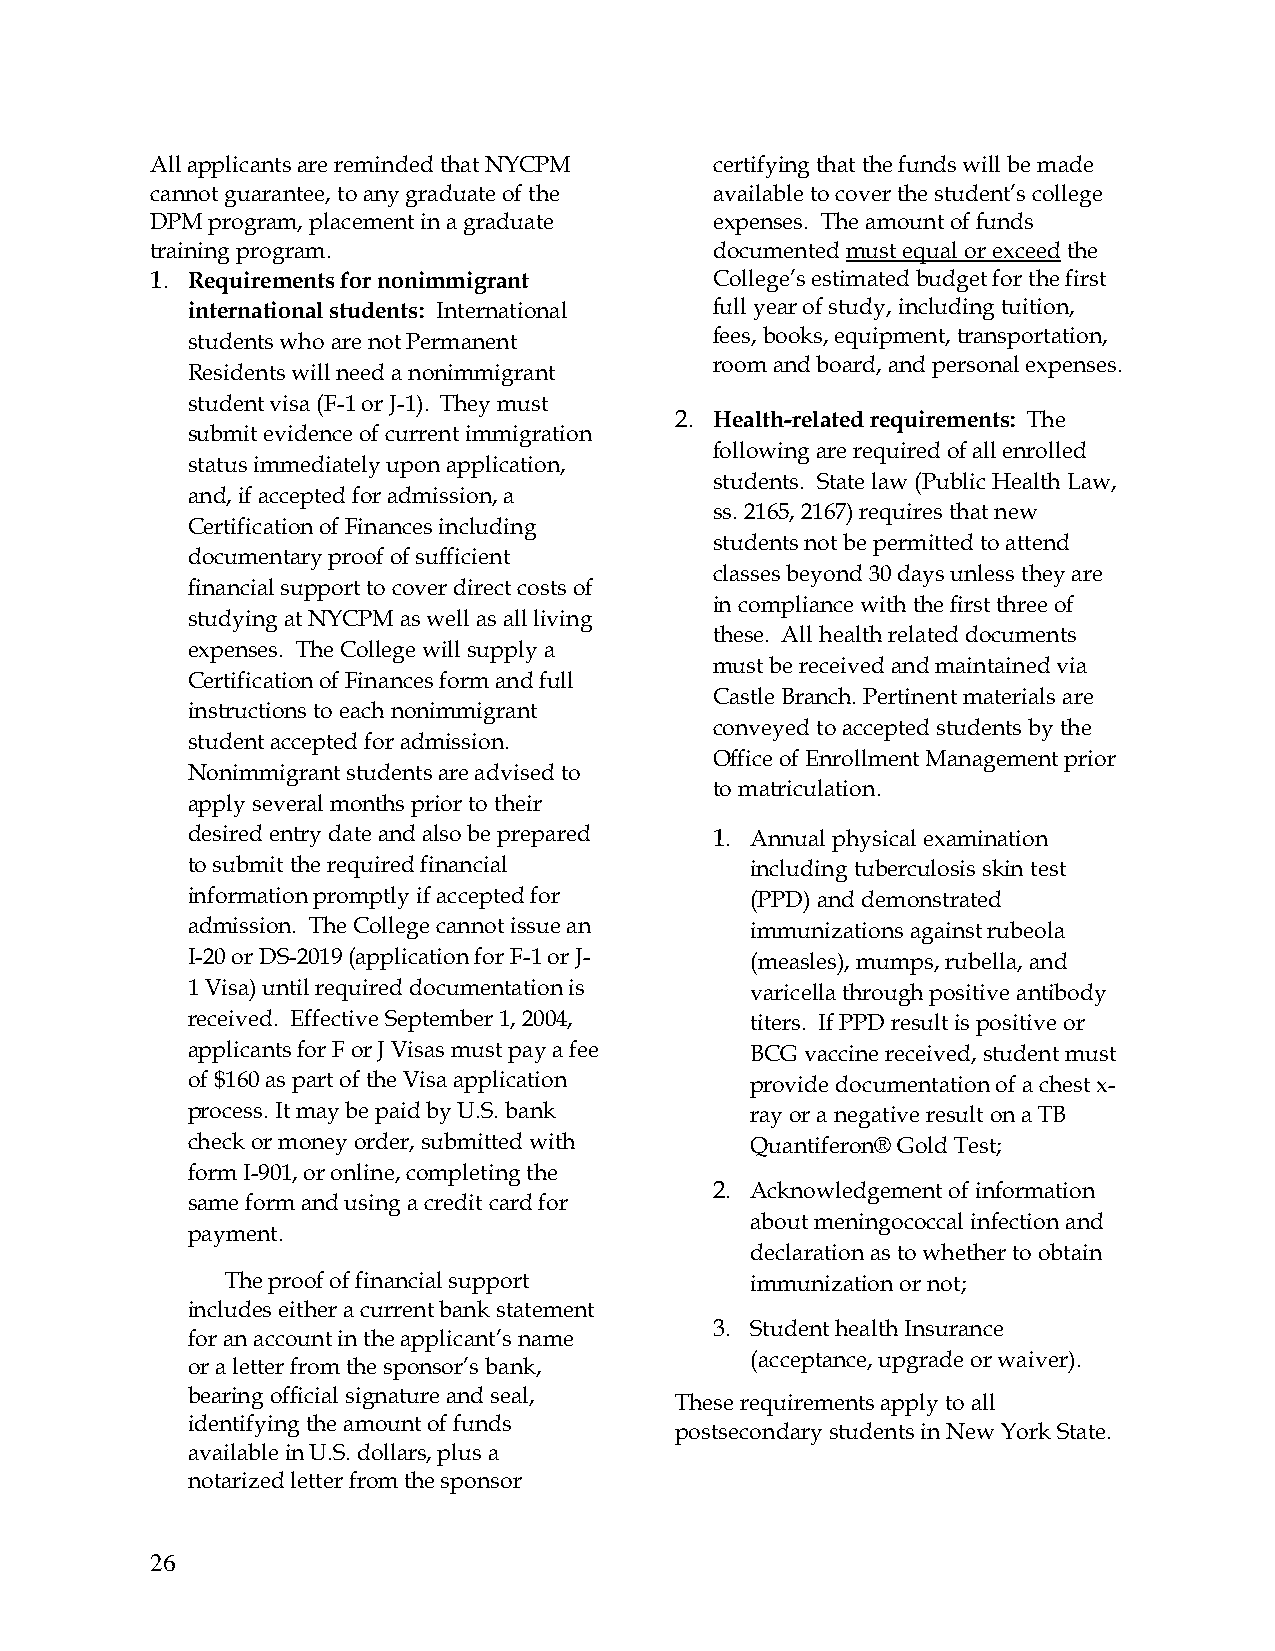
All applicants are reminded that NYCPM certifying that the funds will be made
 cannot guarantee, to any graduate of the available to cover the student’s college
 DPM program, placement in a graduate expenses. The amount of funds
 training program.                    documented must equal or exceed the
 1. Requirements for nonimmigrant     College’s estimated budget for the first
 international students: International full year of study, including tuition,
 students who are not Permanent     fees, books, equipment, transportation,
 room and board, and personal expenses.
 Residents will need a nonimmigrant
 student visa (F-1 or J-1). They must
 2. Health-related requirements: The
 submit evidence of current immigration
 following are required of all enrolled
 status immediately upon application,
 students. State law (Public Health Law,
 and, if accepted for admission, a
 ss. 2165, 2167) requires that new
 Certification of Finances including
 students not be permitted to attend
 documentary proof of sufficient
 classes beyond 30 days unless they are
 financial support to cover direct costs of
 in compliance with the first three of
 studying at NYCPM as well as all living
 these. All health related documents
 expenses. The College will supply a
 must be received and maintained via
 Certification of Finances form and full
 Castle Branch. Pertinent materials are
 instructions to each nonimmigrant
 conveyed to accepted students by the
 student accepted for admission.
 Office of Enrollment Management prior
 Nonimmigrant students are advised to
 to matriculation.
 apply several months prior to their
 desired entry date and also be prepared 1. Annual physical examination
 to submit the required financial      including tuberculosis skin test
 information promptly if accepted for  (PPD) and demonstrated
 admission. The College cannot issue an immunizations against rubeola
 I-20 or DS-2019 (application for F-1 or J- (measles), mumps, rubella, and
 1 Visa) until required documentation is varicella through positive antibody
 received. Effective September 1, 2004, titers. If PPD result is positive or
 applicants for F or J Visas must pay a fee BCG vaccine received, student must
 of $160 as part of the Visa application provide documentation of a chest x-
 process. It may be paid by U.S. bank  ray or a negative result on a TB
 check or money order, submitted with  Quantiferon® Gold Test;
 form I-901, or online, completing the
 2. Acknowledgement of information
 same form and using a credit card for
 about meningococcal infection and
 payment.
 declaration as to whether to obtain
 The proof of financial support     immunization or not;
 includes either a current bank statement
 3. Student health Insurance
 for an account in the applicant’s name
 (acceptance, upgrade or waiver).
 or a letter from the sponsor’s bank,
 bearing official signature and seal,
 These requirements apply to all
 identifying the amount of funds
 postsecondary students in New York State.
 available in U.S. dollars, plus a
 notarized letter from the sponsor
 26